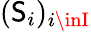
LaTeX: (\mathsf{S}_{i})_{i\inI}